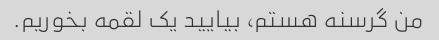
من گرسنه هستم، بیایید یک لقمه بخوریم.